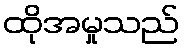
ထိုအမှုသည်